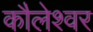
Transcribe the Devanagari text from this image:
कौलेश्वर